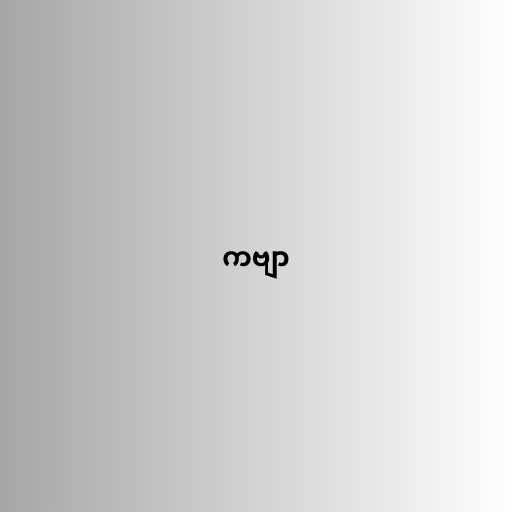
ကဗျာ